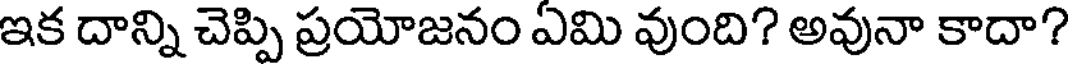
ఇక దాన్ని చెప్పి ప్రయోజనం ఏమి వుంది? అవునా కాదా?